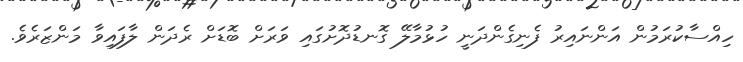
ހިއްސާކުރަމުން އަންނައިރު ފެނިގެންދަނީ ހުޅުމާލޭ ގޮނޑުދޮށުގައި ވަރަށް ބޮޑަށް ރެދަން ލާފައިވާ މަންޒަރެވެ.